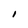
Character: I